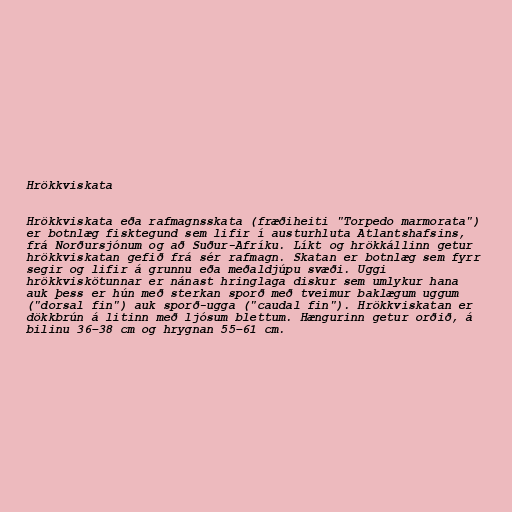
Hrökkviskata

Hrökkviskata eða rafmagnsskata (fræðiheiti "Torpedo marmorata")
er botnlæg fisktegund sem lifir í austurhluta Atlantshafsins,
frá Norðursjónum og að Suður-Afríku. Líkt og hrökkállinn getur
hrökkviskatan gefið frá sér rafmagn. Skatan er botnlæg sem fyrr
segir og lifir á grunnu eða meðaldjúpu svæði. Uggi
hrökkviskötunnar er nánast hringlaga diskur sem umlykur hana
auk þess er hún með sterkan sporð með tveimur baklægum uggum
("dorsal fin") auk sporð-ugga ("caudal fin"). Hrökkviskatan er
dökkbrún á litinn með ljósum blettum. Hængurinn getur orðið, á
bilinu 36–38 cm og hrygnan 55–61 cm.